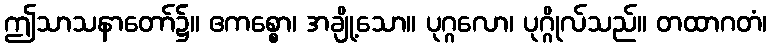
ဤသာသနာတော်၌။ ဧကစ္စော၊ အချို့သော။ ပုဂ္ဂလော၊ ပုဂ္ဂိုလ်သည်။ တထာဂတံ၊